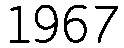
1967